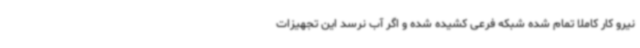
نیرو کار کاملاً تمام شده شبکه فرعی کشیده شده و اگر آب نرسد این تجهیزات